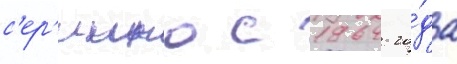
с'ер'иино с 1964 го́да